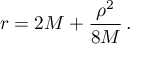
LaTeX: r = 2 M + { \frac { \rho ^ { 2 } } { 8 M } } \, .